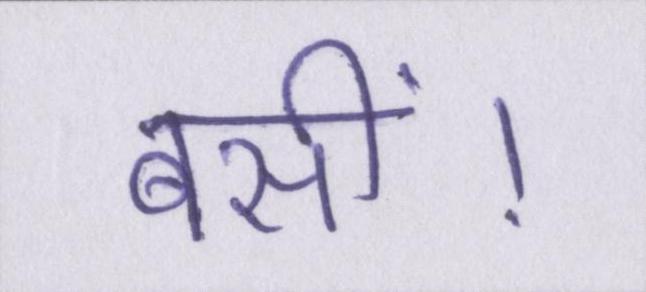
बसीं।